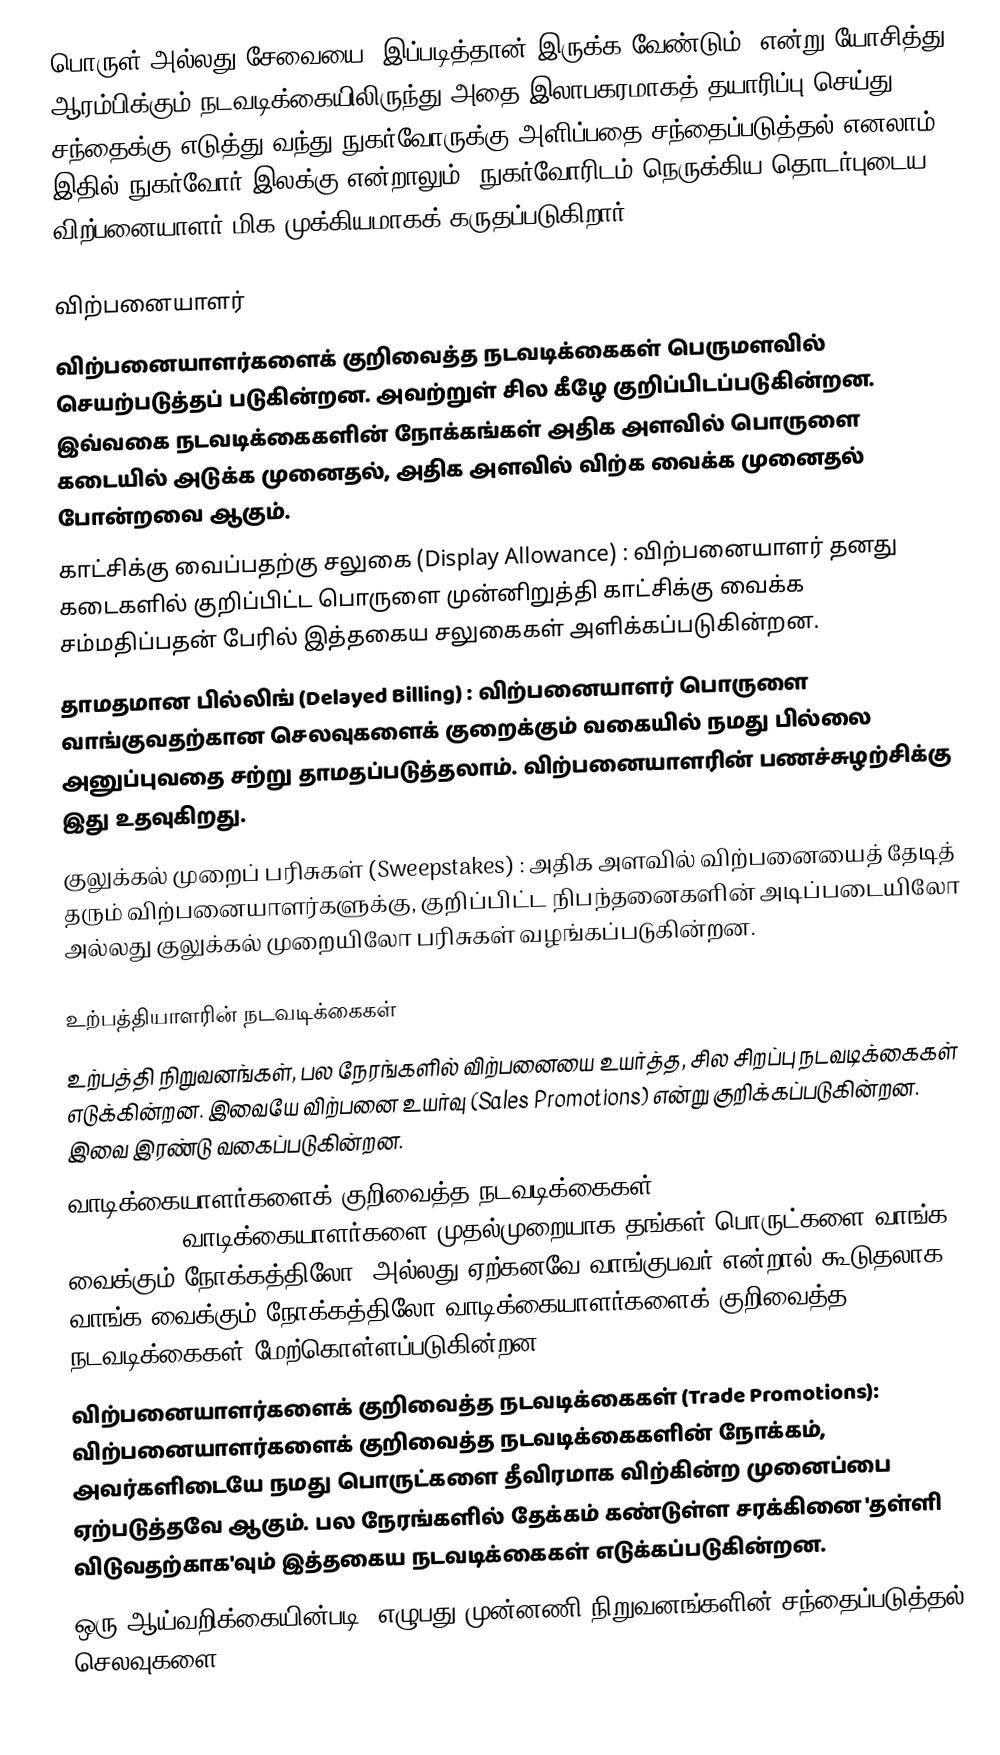
பொருள் அல்லது சேவையை "இப்படித்தான் இருக்க வேண்டும்" என்று யோசித்து ஆரம்பிக்கும் நடவடிக்கையிலிருந்து அதை இலாபகரமாகத் தயாரிப்பு செய்து சந்தைக்கு எடுத்து வந்து நுகர்வோருக்கு அளிப்பதை சந்தைப்படுத்தல் எனலாம். இதில் நுகர்வோர் இலக்கு என்றாலும், நுகர்வோரிடம் நெருக்கிய தொடர்புடைய விற்பனையாளர் மிக முக்கியமாகக் கருதப்படுகிறார்.

விற்பனையாளர்
விற்பனையாளர்களைக் குறிவைத்த நடவடிக்கைகள் பெருமளவில் செயற்படுத்தப் படுகின்றன. அவற்றுள் சில கீழே குறிப்பிடப்படுகின்றன. இவ்வகை நடவடிக்கைகளின் நோக்கங்கள் அதிக அளவில் பொருளை கடையில் அடுக்க முனைதல், அதிக அளவில் விற்க வைக்க முனைதல் போன்றவை ஆகும்.
காட்சிக்கு வைப்பதற்கு சலுகை (Display Allowance) : விற்பனையாளர் தனது கடைகளில் குறிப்பிட்ட பொருளை முன்னிறுத்தி காட்சிக்கு வைக்க சம்மதிப்பதன் பேரில் இத்தகைய சலுகைகள் அளிக்கப்படுகின்றன.
தாமதமான பில்லிங் (Delayed Billing) : விற்பனையாளர் பொருளை வாங்குவதற்கான செலவுகளைக் குறைக்கும் வகையில் நமது பில்லை அனுப்புவதை சற்று தாமதப்படுத்தலாம். விற்பனையாளரின் பணச்சுழற்சிக்கு இது உதவுகிறது.
குலுக்கல் முறைப் பரிசுகள் (Sweepstakes) : அதிக அளவில் விற்பனையைத் தேடித் தரும் விற்பனையாளர்களுக்கு, குறிப்பிட்ட நிபந்தனைகளின் அடிப்படையிலோ அல்லது குலுக்கல் முறையிலோ பரிசுகள் வழங்கப்படுகின்றன.

உற்பத்தியாளரின் நடவடிக்கைகள்
உற்பத்தி நிறுவனங்கள்,  பல நேரங்களில் விற்பனையை உயர்த்த, சில சிறப்பு நடவடிக்கைகள் எடுக்கின்றன. இவையே விற்பனை உயர்வு (Sales Promotions) என்று குறிக்கப்படுகின்றன. இவை இரண்டு வகைப்படுகின்றன.
வாடிக்கையாளர்களைக் குறிவைத்த நடவடிக்கைகள்(Consumer Promotions):வாடிக்கையாளர்களை முதல்முறையாக தங்கள் பொருட்களை வாங்க வைக்கும் நோக்கத்திலோ, அல்லது ஏற்கனவே வாங்குபவர் என்றால் கூடுதலாக வாங்க வைக்கும் நோக்கத்திலோ வாடிக்கையாளர்களைக் குறிவைத்த நடவடிக்கைகள் மேற்கொள்ளப்படுகின்றன.
விற்பனையாளர்களைக் குறிவைத்த நடவடிக்கைகள் (Trade Promotions): விற்பனையாளர்களைக் குறிவைத்த நடவடிக்கைகளின் நோக்கம், அவர்களிடையே நமது பொருட்களை தீவிரமாக விற்கின்ற முனைப்பை ஏற்படுத்தவே ஆகும். பல நேரங்களில் தேக்கம் கண்டுள்ள சரக்கினை 'தள்ளி விடுவதற்காக'வும் இத்தகைய நடவடிக்கைகள் எடுக்கப்படுகின்றன.
ஒரு ஆய்வறிக்கையின்படி, எழுபது முன்னணி நிறுவனங்களின் சந்தைப்படுத்தல் செலவுகளை